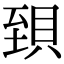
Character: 𧵼